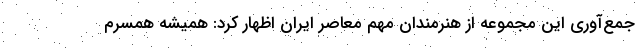
جمع‌آوری این مجموعه از هنرمندان مهم معاصر ایران اظهار کرد: همیشه همسرم